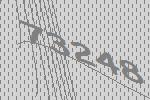
73248